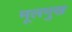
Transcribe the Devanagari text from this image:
मूलमुख